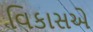
વિકાસએ